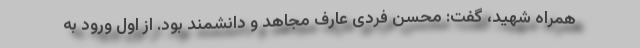
همراه شهید، گفت: محسن فردی عارف مجاهد و دانشمند بود. از اول ورود به